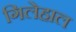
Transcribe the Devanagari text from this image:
गिलेहाल